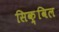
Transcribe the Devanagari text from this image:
सिक़्विल